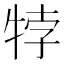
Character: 㹀